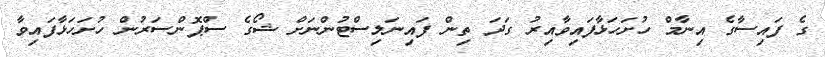
ގެ ފައިސާގެ އިނާމް ހުށަހަޅާފައިވާއިރު ގަދަ ތިން ފައިނަލިސްޓުންނަށް ޝޯގެ ސްޕޮންސަރުން ހުށަހަޅާފައިވާ